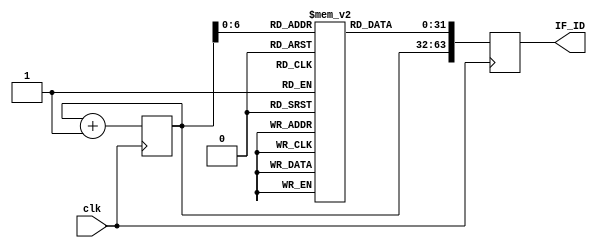
//will need to account for branching still

module Obsidian_Fetch_Stage(IF_ID, clk);
	output reg[63:0] IF_ID;
	input clk;
	
	reg[31:0] PC; 	//address selection for 2^32 address in Instruction Memory
	
	//--------------------------------------
	//Temporary Instruction Register
	//Used as a place holder for now
	//--------------------------------------
	
	reg [31:0] instrMem [0:64];
	
	initial
		begin
		instrMem[0] = 32'hffff_ffff;
		instrMem[1] = 32'h0000_0000;
		instrMem[2] = 32'haaaa_aaaa;
		end
	//--------------------------------------
	
	
	initial
		begin
		PC = 0;
		end
		
	always @ (posedge clk)
	begin
		IF_ID[63:32] = PC;
		IF_ID[31:0] = instrMem[PC];		//populate IF_ID register with instruction from
										//instruction memory using PC as address location
		PC <= PC + 1;					//counts up one address place because memory is 1 word wide
	end
	
endmodule